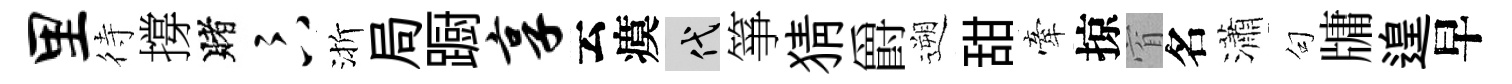
里待撐賭卞渐局蹰享云瘼代箏猜爵遡甜牽掠窅名瀟句牗遑早